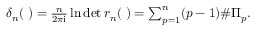
\begin{array} { r } { \delta _ { n } ( { \bf \Pi } ) = \frac { n } { 2 \pi \mathrm { i } } \ln \operatorname* { d e t } r _ { n } ( { \bf \Pi } ) = \sum _ { p = 1 } ^ { n } ( p - 1 ) \# \Pi _ { p } . } \end{array}